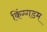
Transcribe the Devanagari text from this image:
किंग्गडम